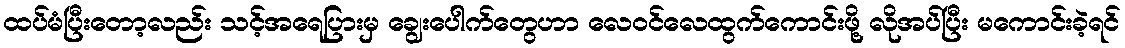
ထပ်မံပြီးတော့လည်း သင့်အရေပြားမှ ချွေးပေါက်တွေဟာ လေဝင်လေထွက်ကောင်းဖို့ လိုအပ်ပြီး မကောင်းခဲ့ရင်